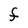
Character: F